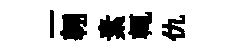
一翱素輒仇